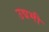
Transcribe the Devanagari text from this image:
उद्ममी